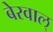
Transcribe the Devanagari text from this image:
बेरवाल्